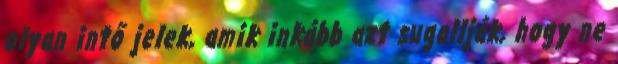
olyan intő jelek, amik inkább azt sugallják, hogy ne